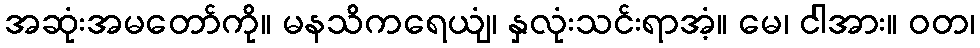
အဆုံးအမတော်ကို။ မနသိကရေယျံ၊ နှလုံးသင်းရာအံ့။ မေ၊ ငါအား။ ဝတ၊